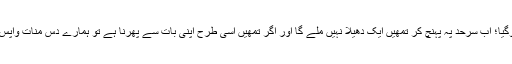
تمھیں دس منات دے دیے تو بس کرایہ پورا ہوگیا؛ اب سرحد پہ پہنچ کر تمھیں ایک دھیلا نہیں ملے گا اور اگر تمھیں اسی طرح اپنی بات سے پھرنا ہے تو ہمارے دس منات واپس کرو، ہم ابھی تمھاری ٹیکسی سے اترتے ہیں۔